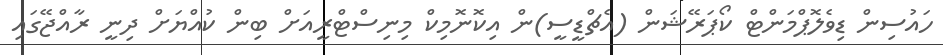
ހައުސިން ޑިވެލޮޕްމަންްޓް ކޯޕަރޭޝަން (އެޗްޑީސީ)ން އިކޮނޮމިކް މިނިސްޓްރީއަށް ބިން ކުއްޔަށް ދިނީ ރާއްޖޭގައި